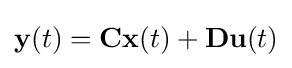
\mathbf {y} (t)=\mathbf {C} \mathbf {x} (t)+\mathbf {D} \mathbf {u} (t)